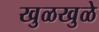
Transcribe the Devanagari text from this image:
खुळखुळे